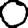
Digit: 0